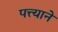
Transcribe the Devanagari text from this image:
पत्त्याने